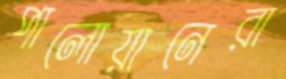
পালোয়ানেরা